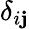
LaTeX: \delta_{i\mathbf{j}}